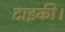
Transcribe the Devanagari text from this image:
टाइकी।